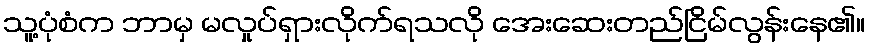
သူ့ပုံစံက ဘာမှ မလှုပ်ရှားလိုက်ရသလို အေးဆေးတည်ငြိမ်လွန်းနေ၏။